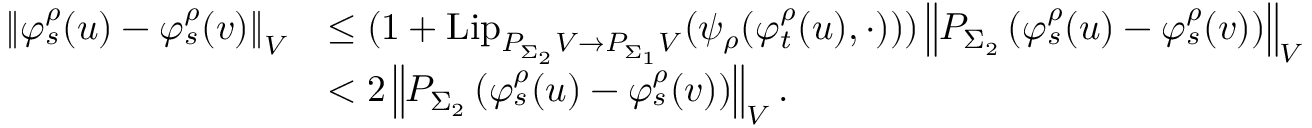
\begin{array} { r l } { \left\Vert \varphi _ { s } ^ { \rho } ( u ) - \varphi _ { s } ^ { \rho } ( v ) \right\Vert _ { V } } & { \leq ( 1 + \mathrm { L i p } _ { P _ { \Sigma _ { 2 } } V \to P _ { \Sigma _ { 1 } } V } ( \psi _ { \rho } ( \varphi _ { t } ^ { \rho } ( u ) , \cdot ) ) ) \left\Vert P _ { \Sigma _ { 2 } } \left( \varphi _ { s } ^ { \rho } ( u ) - \varphi _ { s } ^ { \rho } ( v ) \right) \right\Vert _ { V } } \\ & { < 2 \left\Vert P _ { \Sigma _ { 2 } } \left( \varphi _ { s } ^ { \rho } ( u ) - \varphi _ { s } ^ { \rho } ( v ) \right) \right\Vert _ { V } . } \end{array}